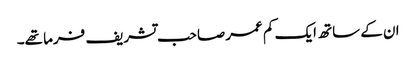
ان کے ساتھ ایک کم عمر صاحب تشریف فرما تھے۔